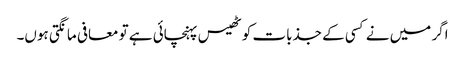
اگر میں نے کسی کے جذبات کو ٹھیس پہنچائی ہے تو معافی مانگتی ہوں۔